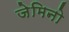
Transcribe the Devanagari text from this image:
जेमिनो